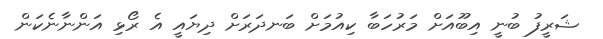
ޝަރީފު ބުނީ އިބޫއަށް މަރުހަބާ ކިއުމަށް ބަނދަރަށް ދިޔައީ އެ ރޯޅި އަންނާނެކަން